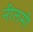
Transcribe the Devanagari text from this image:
नीलमी